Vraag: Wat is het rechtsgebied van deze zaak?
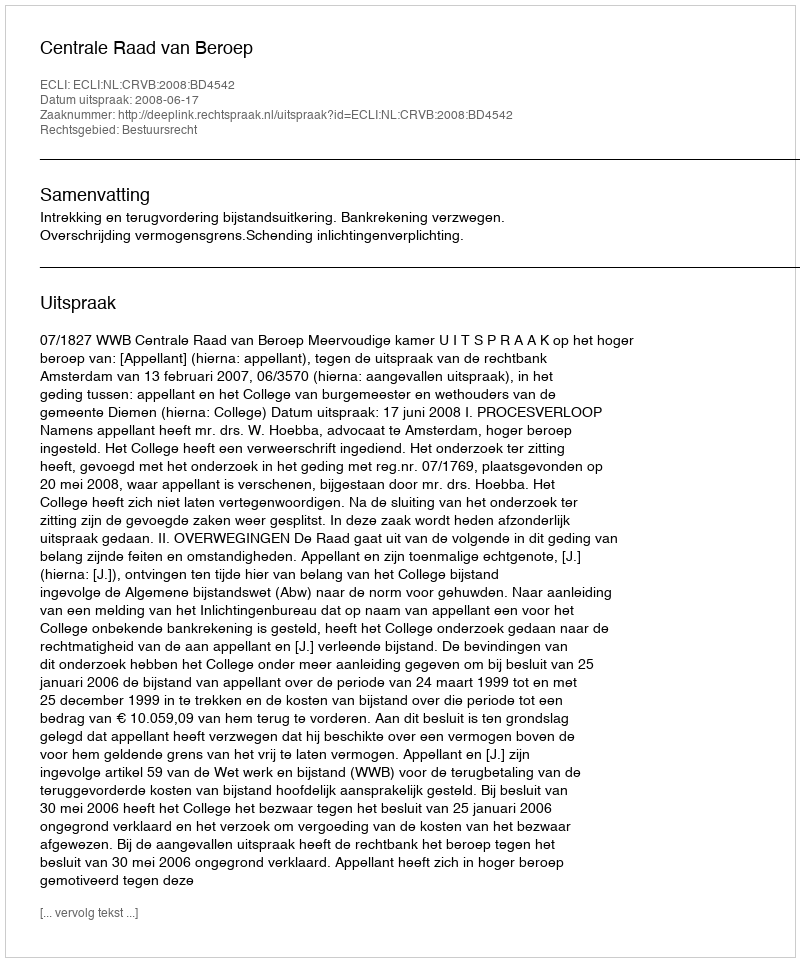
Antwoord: Bestuursrecht